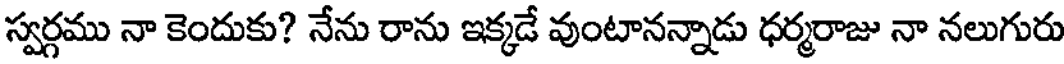
స్వర్గము నా కెందుకు? నేను రాను ఇక్కడే వుంటానన్నాడు ధర్మరాజు నా నలుగురు